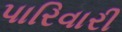
પારિવારી